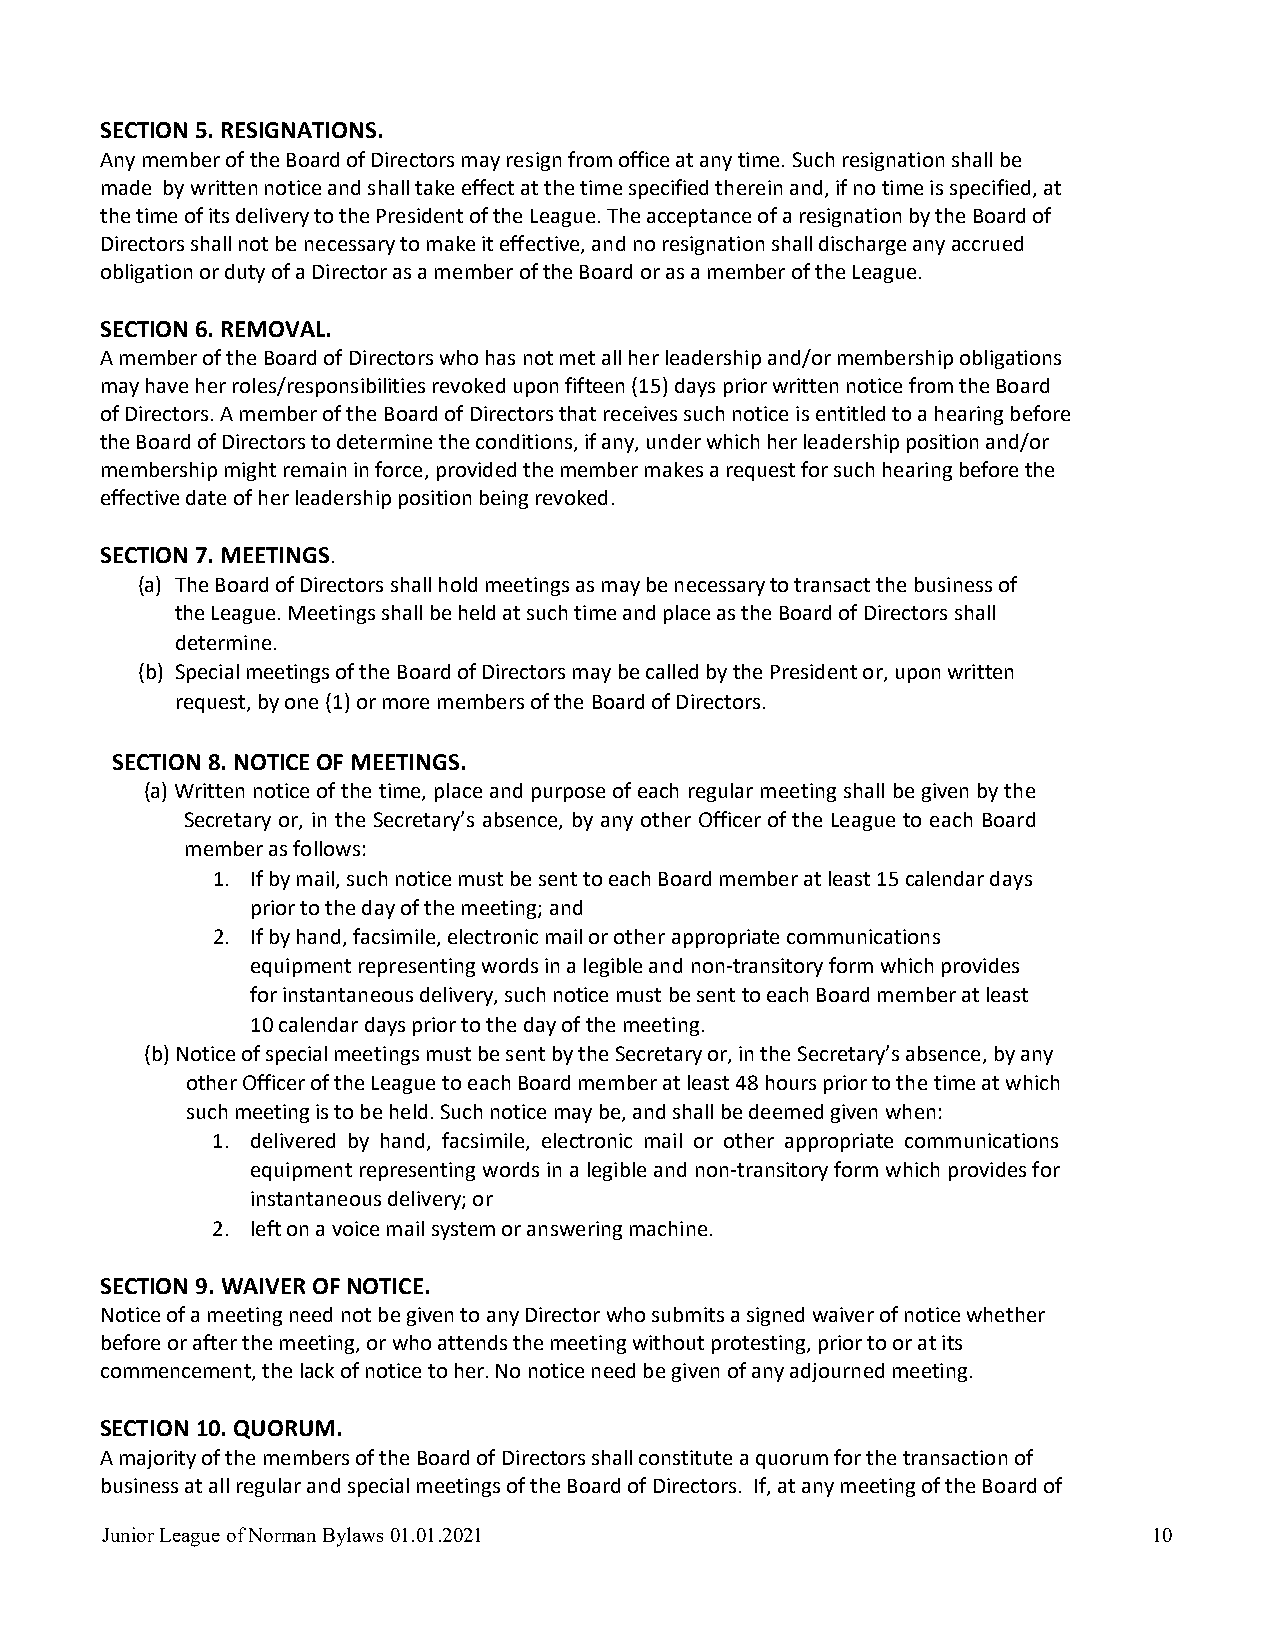
SECTION 5. RESIGNATIONS.
 Any member of the Board of Directors may resign from office at any time. Such resignation shall be
 made by written notice and shall take effect at the time specified therein and, if no time is specified, at
 the time of its delivery to the President of the League. The acceptance of a resignation by the Board of
 Directors shall not be necessary to make it effective, and no resignation shall discharge any accrued
 obligation or duty of a Director as a member of the Board or as a member of the League.
 SECTION 6. REMOVAL.
 A member of the Board of Directors who has not met all her leadership and/or membership obligations
 may have her roles/responsibilities revoked upon fifteen (15) days prior written notice from the Board
 of Directors. A member of the Board of Directors that receives such notice is entitled to a hearing before
 the Board of Directors to determine the conditions, if any, under which her leadership position and/or
 membership might remain in force, provided the member makes a request for such hearing before the
 effective date of her leadership position being revoked.
 SECTION 7. MEETINGS.
 (a) The Board of Directors shall hold meetings as may be necessary to transact the business of
 the League. Meetings shall be held at such time and place as the Board of Directors shall
 determine.
 (b) Special meetings of the Board of Directors may be called by the President or, upon written
 request, by one (1) or more members of the Board of Directors.
 SECTION 8. NOTICE OF MEETINGS.
 (a) Written notice of the time, place and purpose of each regular meeting shall be given by the
 Secretary or, in the Secretary’s absence, by any other Officer of the League to each Board
 member as follows:
 1. If by mail, such notice must be sent to each Board member at least 15 calendar days
 prior to the day of the meeting; and
 2. If by hand, facsimile, electronic mail or other appropriate communications
 equipment representing words in a legible and non-transitory form which provides
 for instantaneous delivery, such notice must be sent to each Board member at least
 10 calendar days prior to the day of the meeting.
 (b) Notice of special meetings must be sent by the Secretary or, in the Secretary’s absence, by any
 other Officer of the League to each Board member at least 48 hours prior to the time at which
 such meeting is to be held. Such notice may be, and shall be deemed given when:
 1. delivered by hand, facsimile, electronic mail or other appropriate communications
 equipment representing words in a legible and non-transitory form which provides for
 instantaneous delivery; or
 2. left on a voice mail system or answering machine.
 SECTION 9. WAIVER OF NOTICE.
 Notice of a meeting need not be given to any Director who submits a signed waiver of notice whether
 before or after the meeting, or who attends the meeting without protesting, prior to or at its
 commencement, the lack of notice to her. No notice need be given of any adjourned meeting.
 SECTION 10. QUORUM.
 A majority of the members of the Board of Directors shall constitute a quorum for the transaction of
 business at all regular and special meetings of the Board of Directors. If, at any meeting of the Board of
 Junior League of Norman Bylaws 01.01.2021                            10